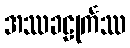
အဿခဠုင်္ကဿ